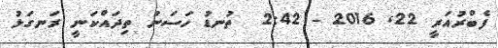
ފެބްރުއަރީ 22